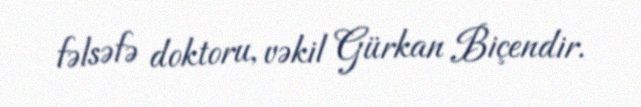
fəlsəfə doktoru, vəkil Gürkan Biçendir.